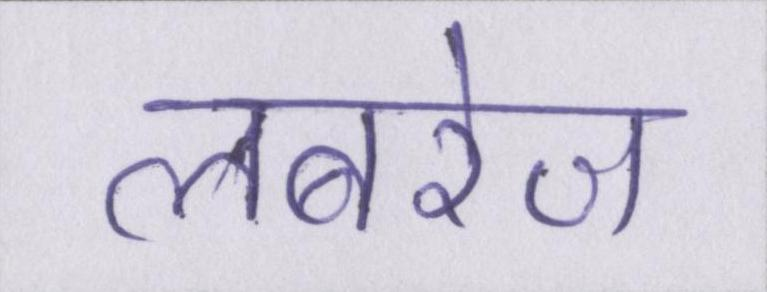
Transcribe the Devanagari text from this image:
लबरेज